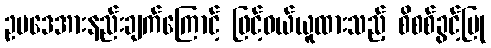
ဥပဒေအားနည်းချက်ကြောင့် ဖြင့်ဝယ်ယူထားသည့် စိစစ်ခွင့်ပြု